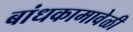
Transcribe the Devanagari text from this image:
बांधकामावेळी